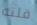
قلته